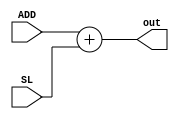
module adder (SL , ADD , out );
	input [31:0] SL , ADD ; 
	output reg [31:0] out ;
	always@(*)
		begin
		#2	out = ADD+SL;
		end 
endmodule